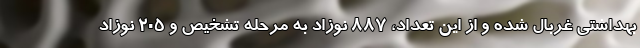
بهداشتی غربال شده و از این تعداد، ۸۸۷ نوزاد به مرحله تشخیص و ۲۰۵ نوزاد